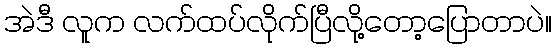
အဲဒီ လူက လက်ထပ်လိုက်ပြီလို့တော့ပြောတာပဲ။